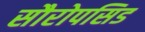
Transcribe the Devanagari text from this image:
सौरोपसिड